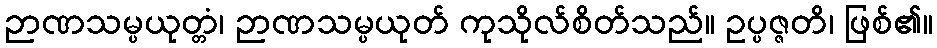
ဉာဏသမ္ပယုတ္တံ၊ ဉာဏသမ္ပယုတ် ကုသိုလ်စိတ်သည်။ ဥပ္ပဇ္ဇတိ၊ ဖြစ်၏။